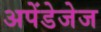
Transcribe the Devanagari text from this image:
अपेंडेजेज